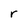
Character: r